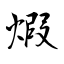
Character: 煆